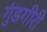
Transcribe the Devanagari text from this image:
गुंडगीरी